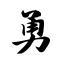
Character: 勇